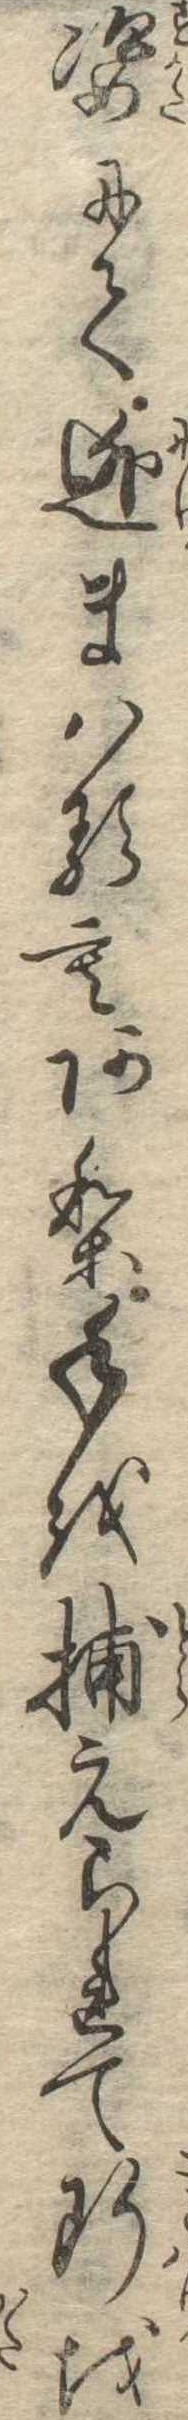
姿にて逃まはるもあり手を捕えられて断を